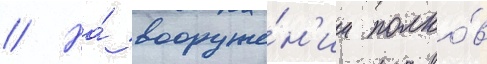
// На́ вооруже́н'ии полко́в